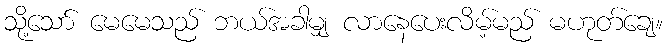
သို့သော် မေမေသည် ဘယ်အခါမျှ လာနေပေးလိမ့်မည် မဟုတ်ချေ။